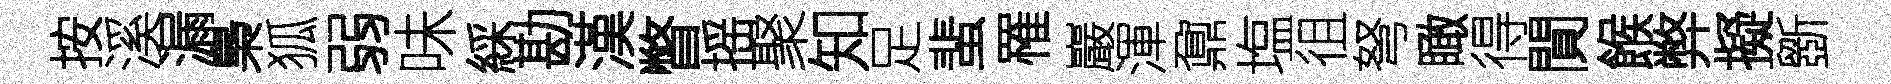
按溪漏梟狐弱味綵勘漢瞥摇聚知足蜚罹巖渾鼐塩徂弩瞰得閴餱弊擬斵